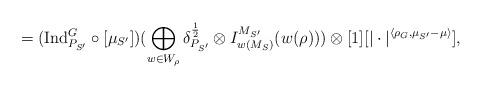
LaTeX: \begin{align*}=(\mathrm{Ind}^G_{P_{S'}} \circ [\mu_{S'}] )(\bigoplus_{w \in W_{\rho}} \delta^{\frac{1}{2}}_{P_{S'}} \otimes I^{M_{S'}}_{w(M_S)} (w(\rho)))\otimes [1][|\cdot|^{\langle \rho_G, \mu_{S'}-\mu \rangle}],\end{align*}